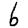
Digit: 6